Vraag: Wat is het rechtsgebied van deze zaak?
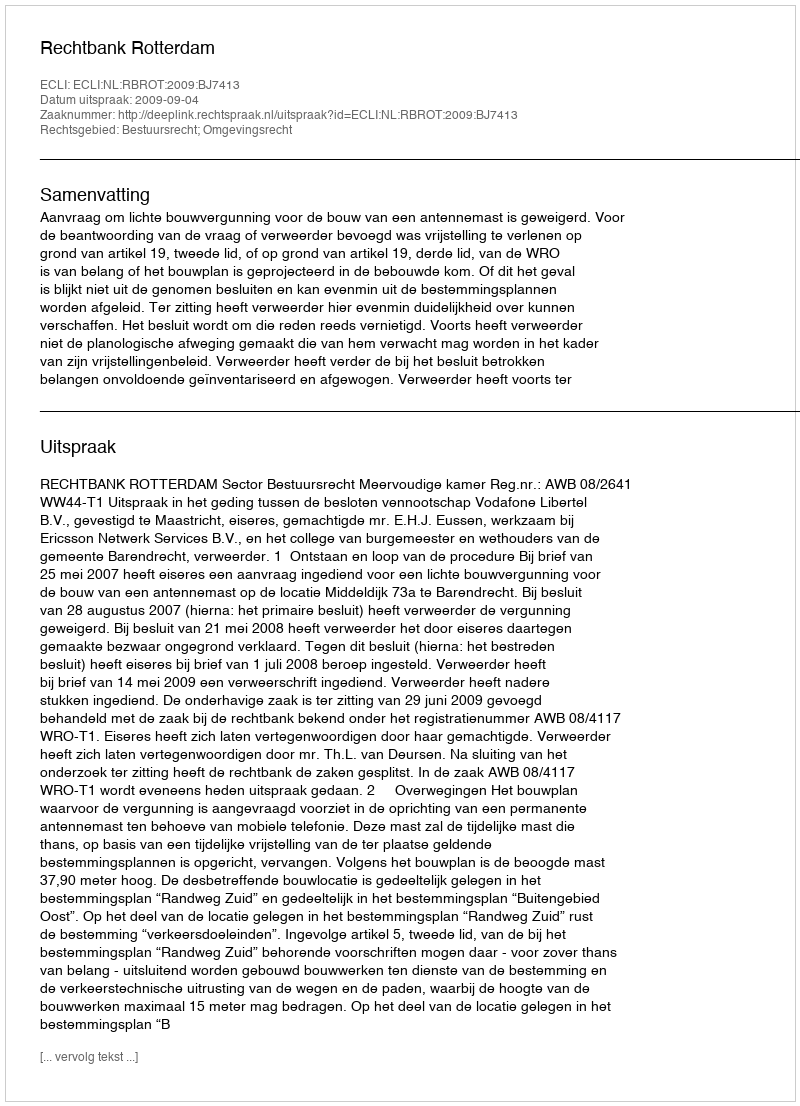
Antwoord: Bestuursrecht; Omgevingsrecht